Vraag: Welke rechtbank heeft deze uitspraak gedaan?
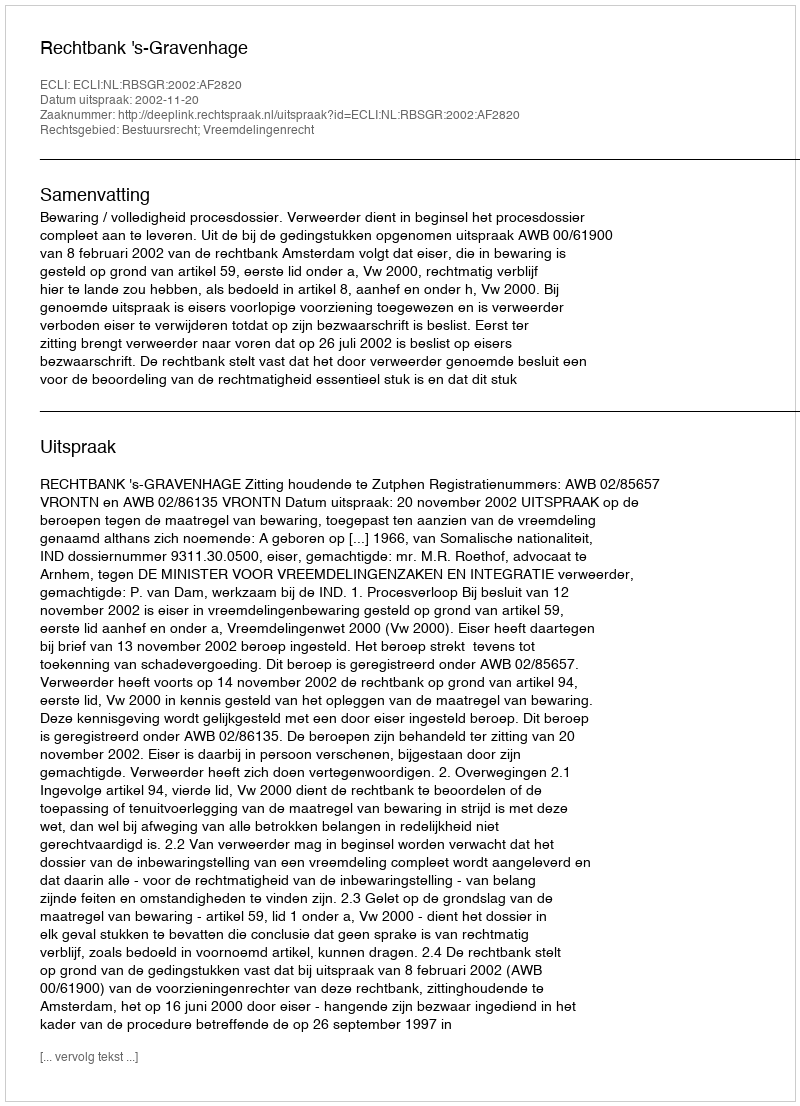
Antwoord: Rechtbank 's-Gravenhage